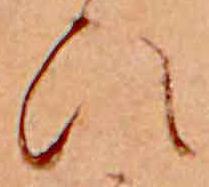
ひ